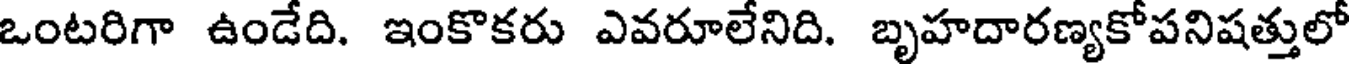
ఒంటరిగా ఉండేది. ఇంకొకరు ఎవరూలేనిది. బృహదారణ్యకోపనిషత్తులో